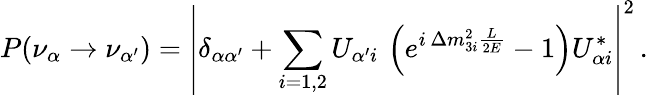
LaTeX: P(\nu_{\alpha}\to\nu_{\alpha^{\prime}})=\left|\delta_{\alpha\alpha^{\prime}}+\sum_{i=1,2}U_{{\alpha^{\prime}}i}\, \left(e^{i\, \Delta m_{3i}^{2}\frac{L}{2E}}-1\right)U_{{\alpha}i}^{*}\right|^{2}\, .